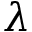
\lambda